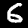
Digit: 6